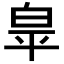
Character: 𭽏